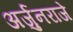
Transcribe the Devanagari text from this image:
अर्जुनराजे